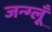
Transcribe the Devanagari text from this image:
जन्ग्लूँ